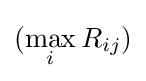
(\max _{i}R_{ij})